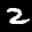
Label: 2